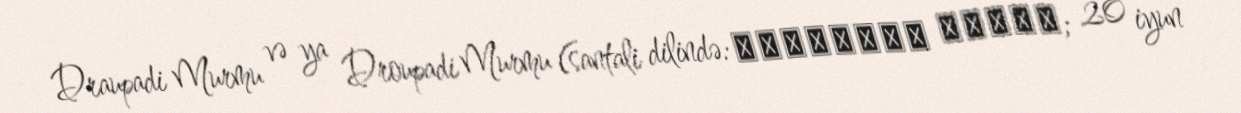
Draupadi Murmu və ya Droupadi Murmu (santali dilində: ᱫᱨᱚᱣᱯᱚᱫᱤ ᱢᱩᱨᱢᱩ; 20 iyun